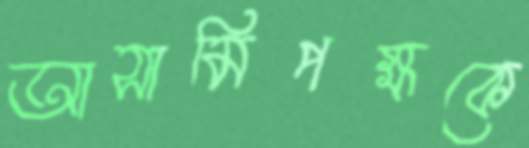
আসামিপক্ষকে